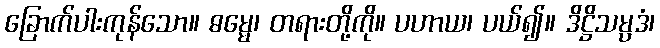
ခြောက်ပါးကုန်သော။ ဓမ္မေ၊ တရားတို့ကို။ ပဟာယ၊ ပယ်၍။ ဒိဋ္ဌိသမ္ပဒံ၊